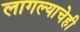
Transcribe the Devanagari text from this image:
लागल्याचेही